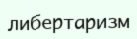
либертаризм